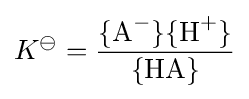
K^{\ominus }={\frac {\{{\ce {A^-}}\}\{{\ce {H+}}\}}{{\ce {\{HA\}}}}}